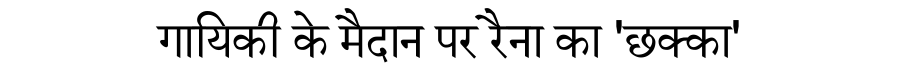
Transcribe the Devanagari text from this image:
गायिकी के मैदान पर रैना का 'छक्का'